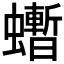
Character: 𧔜